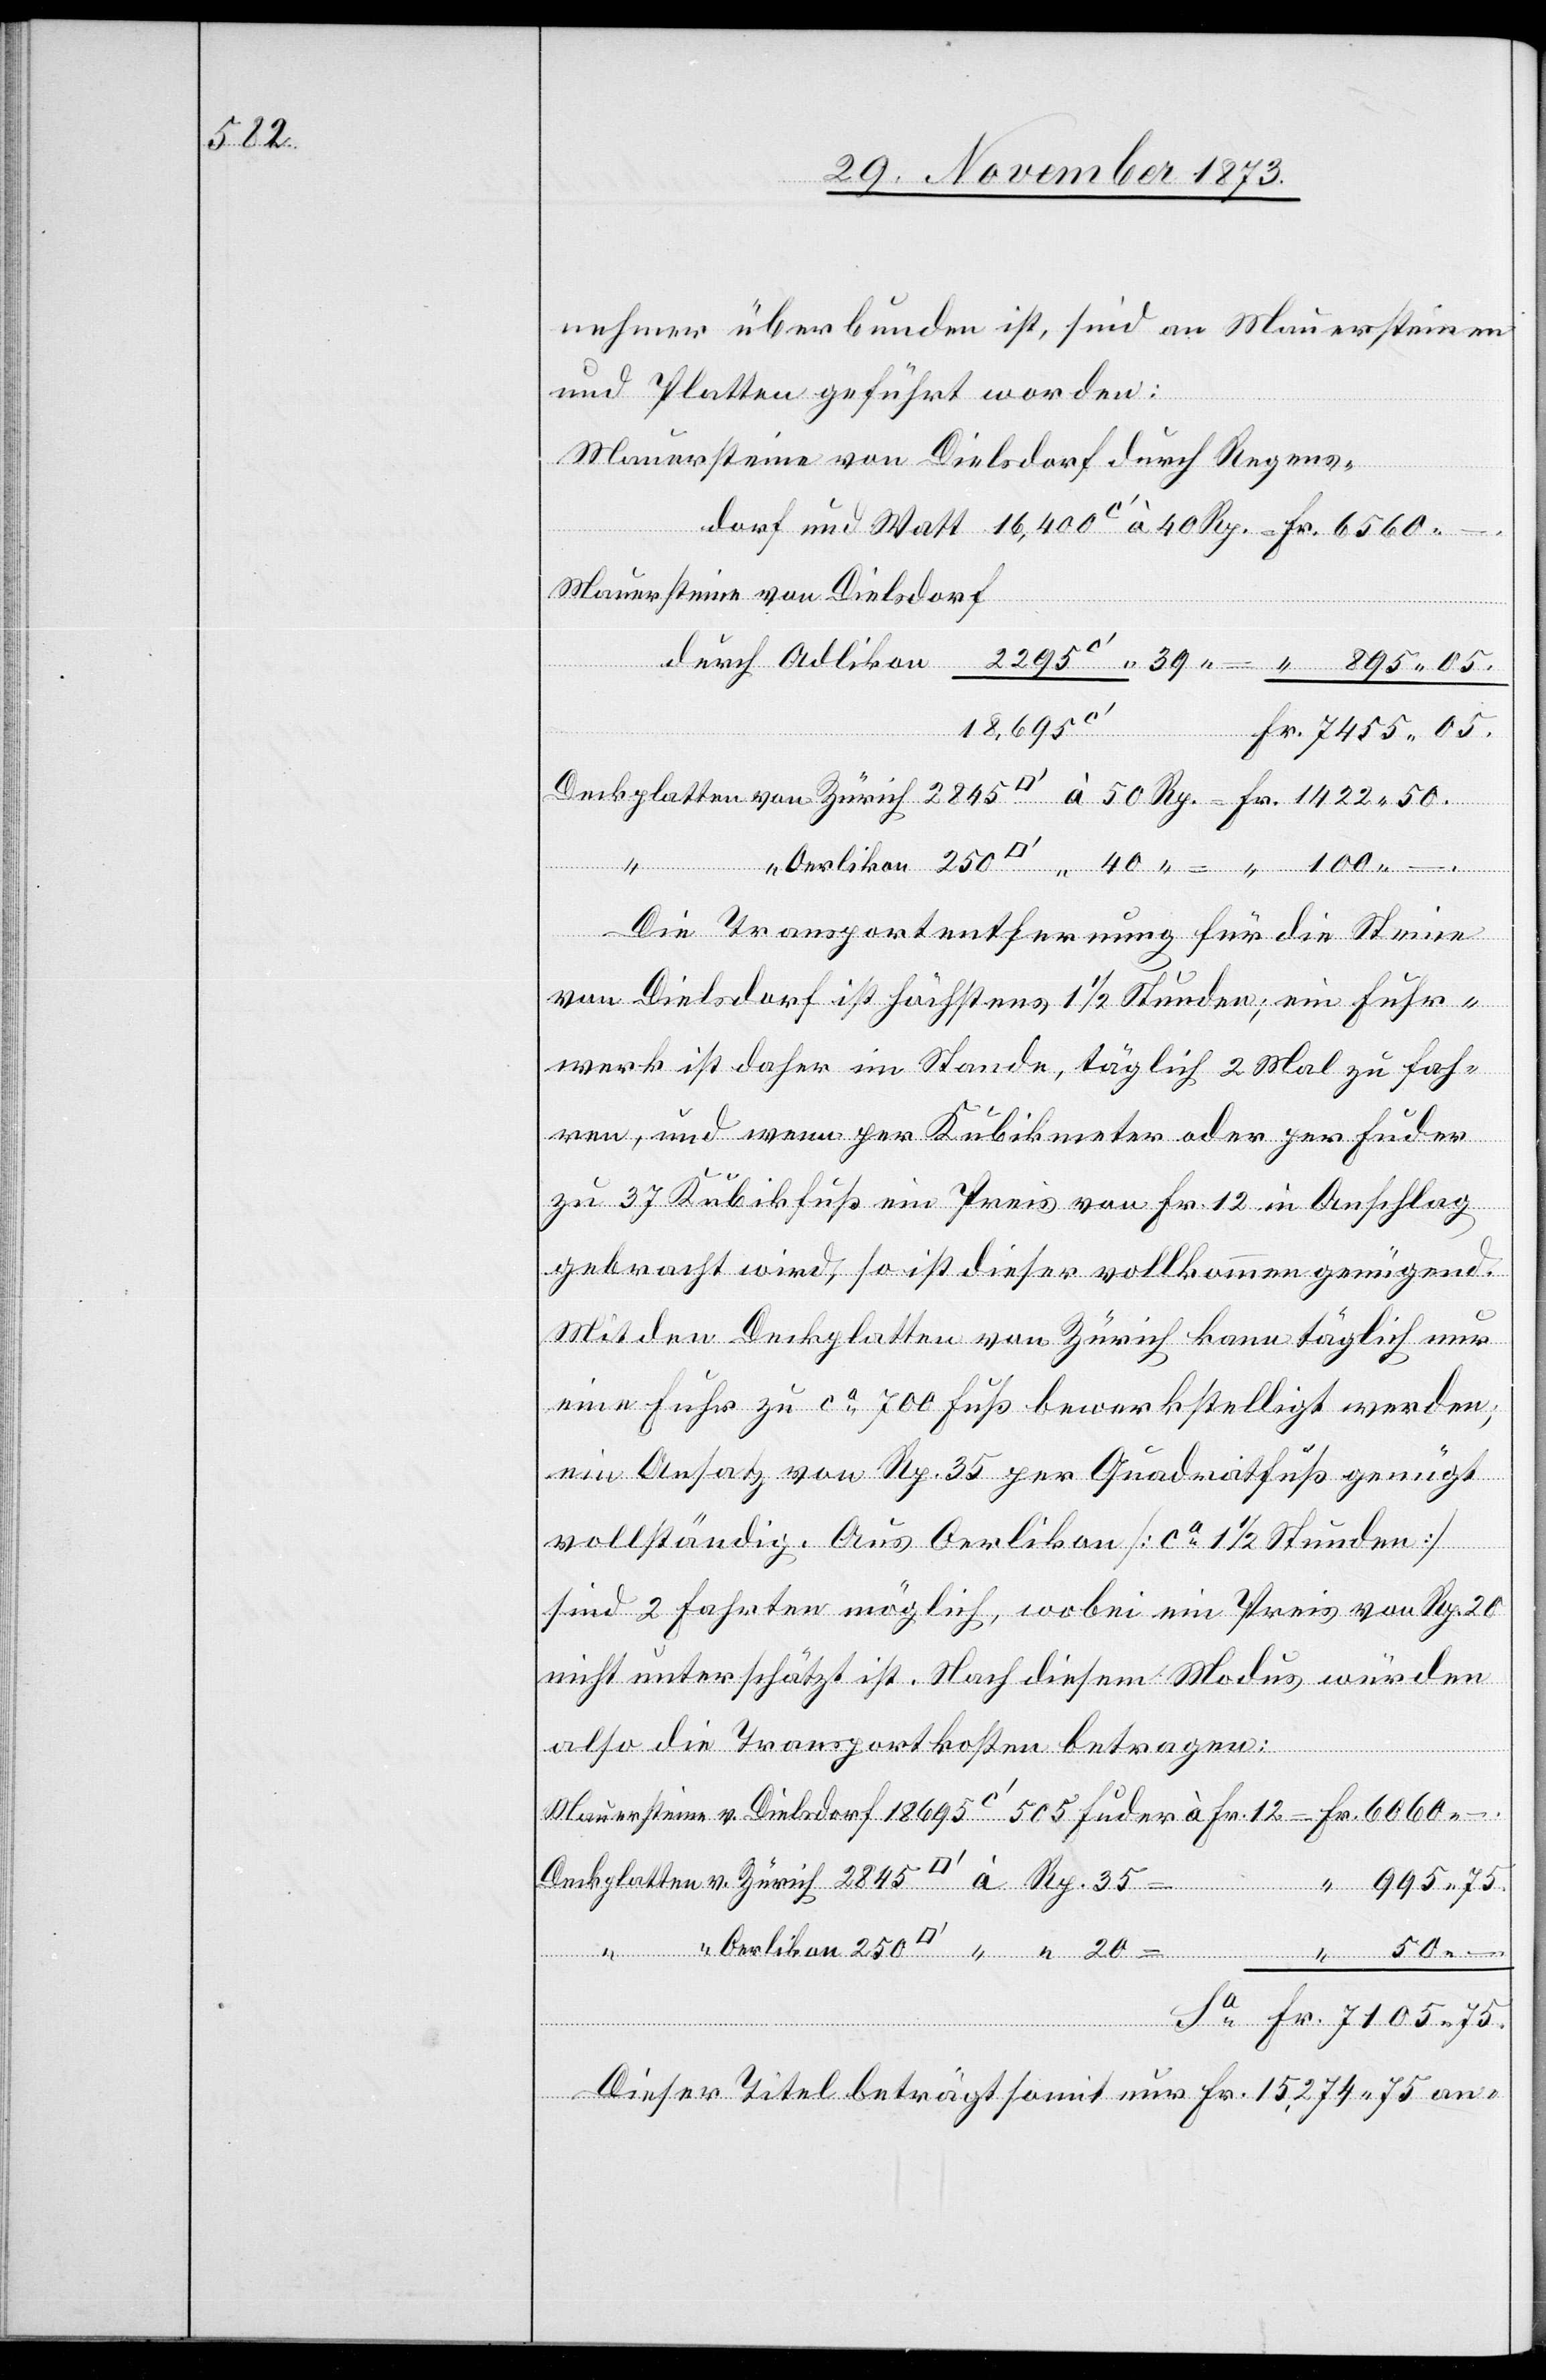
2 845

nehmer überbunden ist, sind an Mauersteinen
und Platten geführt worden:
Mauersteine von Dielsdorf durch Regens¬
Mauersteine von Dielsdorf
20
18 695
50
Die Transportentfernung für die Steine
von Dielsdorf ist höchstens 1 1/2 Stunden; ein Fuhr¬
werk ist daher im Stande, täglich 2 Mal zu fah¬
ren, und wenn per Kubikmeter oder per Fuder
zu 37 Kubikfuß ein Preis von Fr. 12 in Anschlag
Fuder
gebracht wird, so ist dieser vollkommen genügend.
Mit den Deckplatten von Zürich kann täglich nur
eine Fuhr zu ca 700 Fuß bewerkstelligt werden;
ein Ansatz von Rp. 35 per Quadratfuß genügt
vollständig. Aus Oerlikon [ca 1 1/2 Stunden]
sind 2 Fahrten möglich, wobei ein Preis von Rp. 20
nicht unterschätzt ist. Nach diesem Modus würden
also die Transportkosten betragen:
Deckplatten von Zürich 2 845 [Quadr¬
Fr.
Dieser Titel beträgt somit nur Fr. 15,274 75 an-